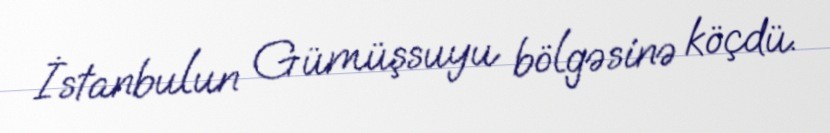
İstanbulun Gümüşsuyu bölgəsinə köçdü.